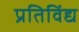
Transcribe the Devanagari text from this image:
प्रतिविंद्य